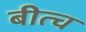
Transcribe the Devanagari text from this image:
बीत्च